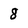
Character: 8